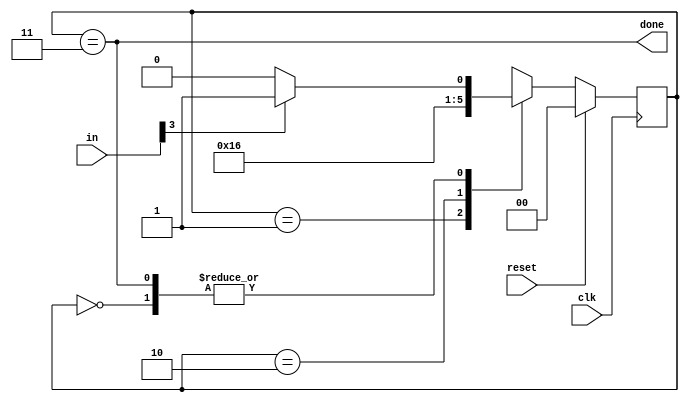
module top_module(
    input clk,
    input [7:0] in,
    input reset,    // Synchronous reset
    output done); //
	
    parameter byte1=2'b00,byte2=2'b01,byte3=2'b10,byte4=2'b11;
    reg [1:0 ]state,next;
    // State transition logic (combinational)
    always @(*) begin
        case(state)
            byte1: next = in[3]?byte2:byte1;
            byte2: next = byte3;
            byte3: next = byte4;
            byte4: next = in[3]?byte2:byte1;
        endcase
    end
    // State flip-flops (sequential)
    always @(posedge clk) begin
        if(reset)
            state <= byte1;
        else
            state <= next;
    end
    // Output logic
    assign done = (state == byte4);
endmodule